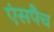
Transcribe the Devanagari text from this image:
एंसपैच